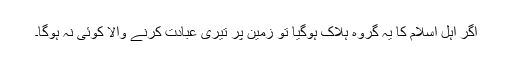
اگر اہل اسلام کا یہ گروہ ہلاک ہوگیا تو زمین پر تیری عبادت کرنے والا کوئی نہ ہوگا۔